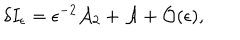
\delta I _ { \epsilon } = \epsilon ^ { - 2 } { \cal A } _ { 2 } + { \cal A } + { \cal O } ( \epsilon ) ,